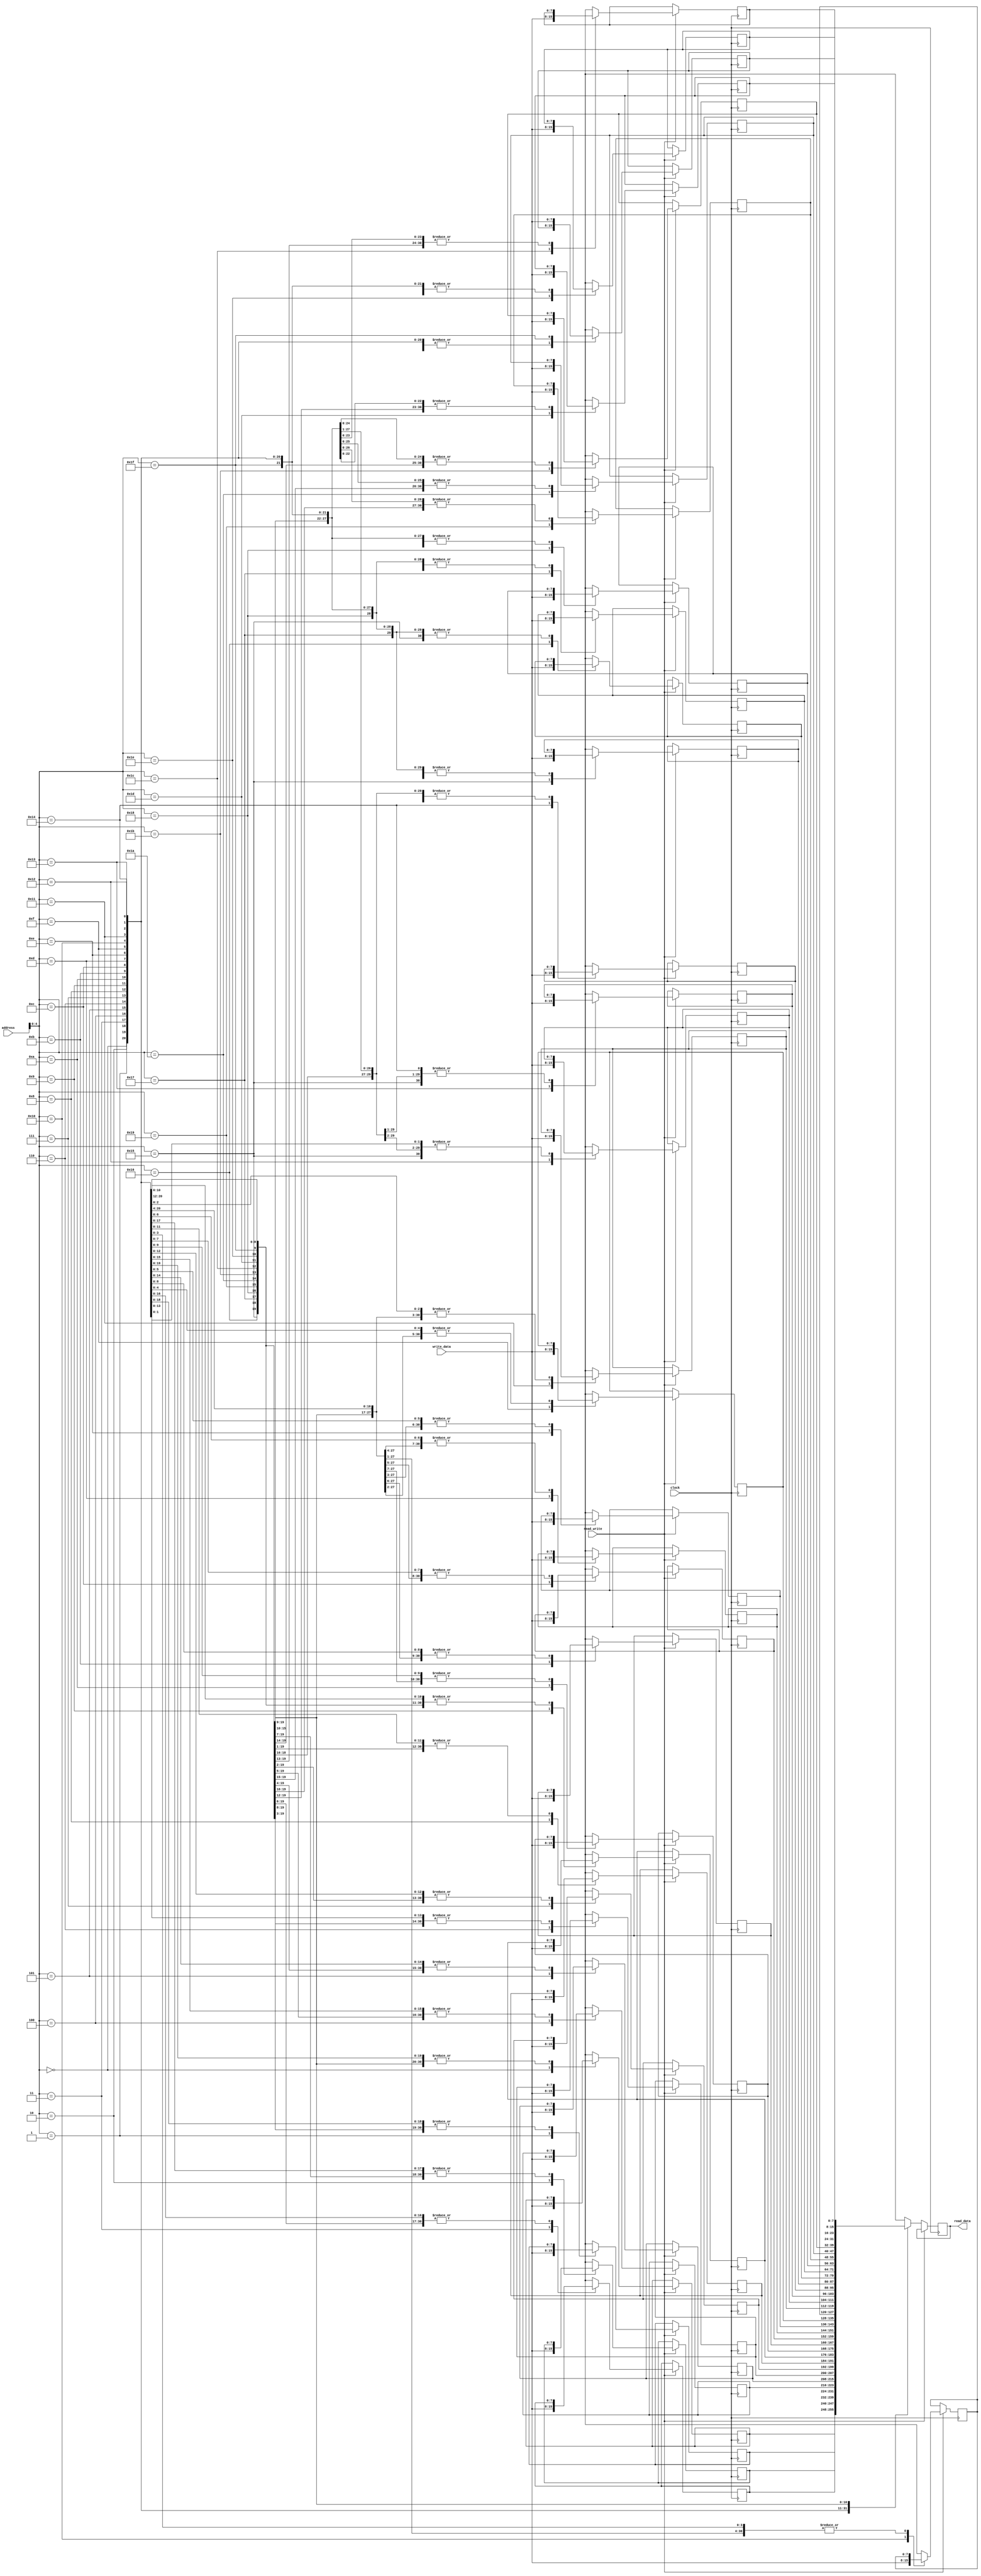
`timescale 1ns / 1ps
//////////////////////////////////////////////////////////////////////////////////
//   SUBMISSION 
//////////////////////////////////////////////////////////////////////////////////


module Data_Mem(
    input clock, read_write, // 0 read, 1 write
    input [7:0] address, write_data,
    output reg[7:0] read_data
    );
    integer i;
    reg[7:0] stack [31:0];
    
    initial begin
//        stack[0] = 8'b1;
        for(i = 0; i < 31; i = i + 1)begin
        stack[i] = 8'b0;
        end
//        stack[0] = 8'b00001010;
//        stack[3] = 8'b11101110;
    end
    
    always @(posedge clock)
    begin
    // write
        if(read_write) begin
            stack[address] = write_data;
        end
        else begin
            read_data = stack[address];
        end
    end
endmodule